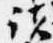
諸